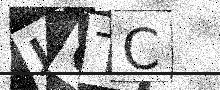
Text: JOTC